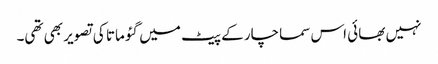
نہیں بھائی اس سماچار کے پیٹ میں گئو ماتا کی تصویر بھی تھی۔